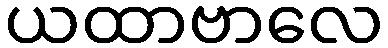
ယထာဗာလေ